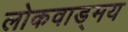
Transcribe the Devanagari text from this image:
लोकवाड्मय